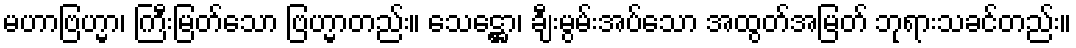
မဟာဗြဟ္မာ၊ ကြီးမြတ်သော ဗြဟ္မာတည်း။ သေဋ္ဌော၊ ချီးမွမ်းအပ်သော အထွတ်အမြတ် ဘုရားသခင်တည်း။